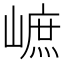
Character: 𡻠